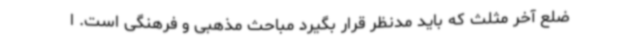
ضلع آخر مثلث که باید مدنظر قرار بگیرد مباحث مذهبی و فرهنگی است. ا